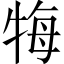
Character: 𤙩